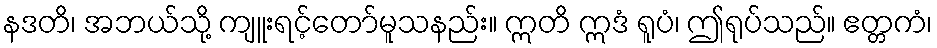
နဒတိ၊ အဘယ်သို့ ကျူးရင့်တော်မူသနည်း။ ဣတိ ဣဒံ ရူပံ၊ ဤရုပ်သည်။ ဧတ္တကံ၊